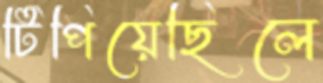
টিপিয়েছিলে